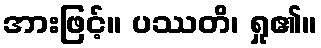
အားဖြင့်။ ပဿတိ၊ ရှု၏။